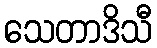
သေတာဒိသီ